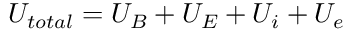
U _ { t o t a l } = U _ { B } + U _ { E } + U _ { i } + U _ { e }